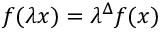
f ( \lambda x ) = \lambda ^ { \Delta } f ( x )